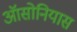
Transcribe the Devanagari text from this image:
ऑसोनियास